King Institute of Preventive Medicine Micro-Biological Section reports 1909-11
Year: 1909
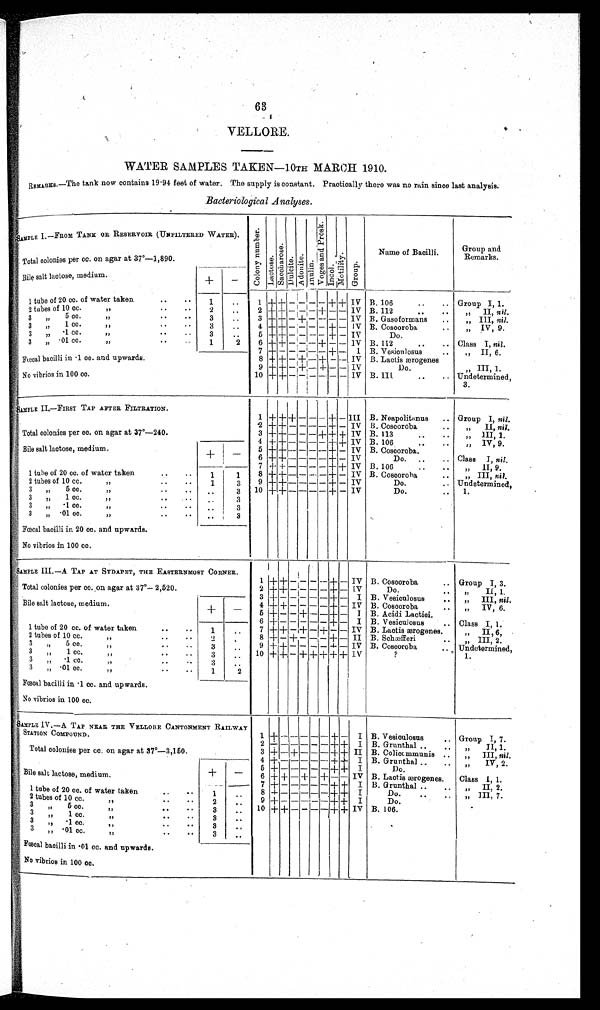
63
VELLORE.
WATER SAMPLES TAKEN—10TH MARCH 1910.
REMARKS..—The tank now contains 19·94 feet of water. The supply is constant. Practically there was no rain since last analysis.
Bacteriological Analyses.
SAMPLE I..—FROM TANK OR RESERVOIR (UNFILTERED WATER)
C o l o n y n u m b e r s .
Lact ose.
S a c c h a r o s e .
Dul ci t e.Adoni te.Inul i n.
V o g e s a n d P r o s k . Incol.Mot i l i t y.Group.
Name of Bacilli.
Group an
d Remarks.
Total colonies per cc. on agar at 37°—1,890.
Bile salt lactose, medium.
+
-
1 tube of 20 cc. of water taken
1
1
+ +
- - - -
+ +
IV B. 106
Group I, 1.
2 tubes of 10 cc.
2
2 + +
- - -
+
- -
IV B. 112
,, II, nil.
3 ,,
5 cc. ,,
3
3
+ +
- - - - -
IV B. Gasoformans
„ III, nil.
3 ,, 1 c c . , ,
3
4 + +
- - - -
+
-
IV B. Coscoroba
„ IV, 9.
3 ,,
·1 cc. ,,
3
5
+
+
- - - -
+
-
IV
Do.
3 ,,
·01 cc. ,,
1
2
6
+ +
- - -
+
- -
IV B. 112
Class I, nil.
Fœcal bacilli in ·1 cc. and upwards.
7
+
- - - - -
+
-
I B. Vesioulosus
„ II, 6.
8
+ +
-
+
-
+
- -
IV B. Lactis æogenes
No vibrios in 100 cc.
9 +
+
-
+
-
+
- -
IV
Do.
„ III, 1.
10 + +
- - - - - -
IV B. III
Undetermined,
3.
SAMPLE II.—FIRST TAP AFTER FILTRATION.
1
+ + +
- - -
+
-
III B. Neapolitanus
Group I, nil.
2
+ +
-
- - -
+
-
IV B. Coscoroba
,, II, nil.
Total colonies per cc. on agar at 37°—240.
+
-
3
+ +
- - -
+
+ +
IV B. 113
„ III, 1.
4
+
+
- - - -
+ +
IV B. 106
„ IV, 9.
Bile salt lactose, medium.
5 + +
- - - -
+
-
IV B. Cosooroba.
6
+
+
- - - -
+
-
IV
Do.
Class I, nil.
7 + +
- - - -
+
+
IV B. 106
„ II, 9.
1 tube of 20 cc. of water taken
1
1
8 +
+
- - - -
+
-
IV B. Coscoroha
„ III, nil.
2 tubes of 10 cc.
„
1
3
9
+
+
- - - -
+
-
IV
Do.
Undetermined,
3 ,,
5 cc. ,,
3
10
+ +
- - - -
+
-
IV
Do.
1.
3 ,,
1 cc. ,,
3
3 ,,
·1 cc. ,,
3
3 ,,
·01 cc. ,,
3
Fœcal bacilli in 20 cc. and upwards.
No vibrios in 100 cc.
SAMPLE III.—A TAP AT SYDAPET, THE EASTERNMOST CORNER.
1 + +
- - - -
+
-
IV B. Coscoroba
Group I, 3.
Total colonies per cc.on agar at 37°—2,520.
+
-
2
+ +
- - - -
+
-
IV
Do.
,, II, 1.
Bile salt lactose, medium.
3
+
- - - - -
+
-
I B. Vesiculosus.
„ III, nil.
4
+ +
- - - -
+
-
IV B. Coscoroba.
,, IV, 6.
5
+
- -
+
- -
+
-
I B. Acidi Lactic.
1 tube of 20 cc. of water taken
1
6
+
- - - - -
+
-
I B. Vesiculosus. Class I, 1.
7
+
+
-
+
-
+
- -
IV B. Lactis ærogenes.
,, II, 6.
2 tubes of 10 cc.
,,
2
8
+
-
+
- - -
+
-
II B. Schæfferi.
, , I I I , 2.
3 ,,
5 cc. ,,
3
9
+ +
- - - -
+
-
IV B. Coscoroba. Undetermined,
3 ,,
1 cc. ,,
3
10
+ +
-
+ + + + +
IV
?
1.
3 ,,
·1 cc. ,,
3
3 ,,
·01 cc. ,,
1
2
Fœcal bacilli in ·1 cc. and upwards.
No vibrios in 100 cc.
SAMPLE IV.—A TAP NEAR THE VELLORE CANTONMENT RAILWAY
STATON COMPOUNDSTATION COMPOUND
1
+
- - - - -
+
-
I
B. Vesiculosus. Group I, 7.
Total colonies per cep. on agar at 37°-3,150.
+
-
2
+
- - - - -
+ +
I
B. Grunthal..
„ II, 1.
3
+
-
+_
- -
_
-
_
+ +
II B. Colicommunis
„ I I I , n i l . .
Bile salt lactose, medium.
4
+
- - - - -
+ +
I
B. Grunthal
„ IV, 2.
5
+
- - - - -
+ +
I
Do.
6
+ +
-
+
-
+
- -
IV B. Lactis ærogenes.
Class 1, 1.
1 tube of 20 cc. of water taken
1
7
+
- - - - -
+ +
I
B. Grunthal
„ II, 2.
8
+
- - - - -
+ +
I
Do.
„ III, 7
2 tubes of 10 cc.
,,
2
9
+
- - - - -
+ +
I
Do.
3 ,,
5 cc. ,,
3
10
+ +
- - - -
+ +
IV B. 106.
3 ,,
1 cc. ,,
3
3 ,,
·1 cc. ,,
3
3 ,,
·01 cc. ,,
3
Fœcal bacilli in ·01 cc. and upwards.
No vibrios in 100 cc.